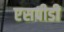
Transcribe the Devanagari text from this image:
एसपीडी